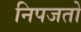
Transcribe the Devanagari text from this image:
निपजतो